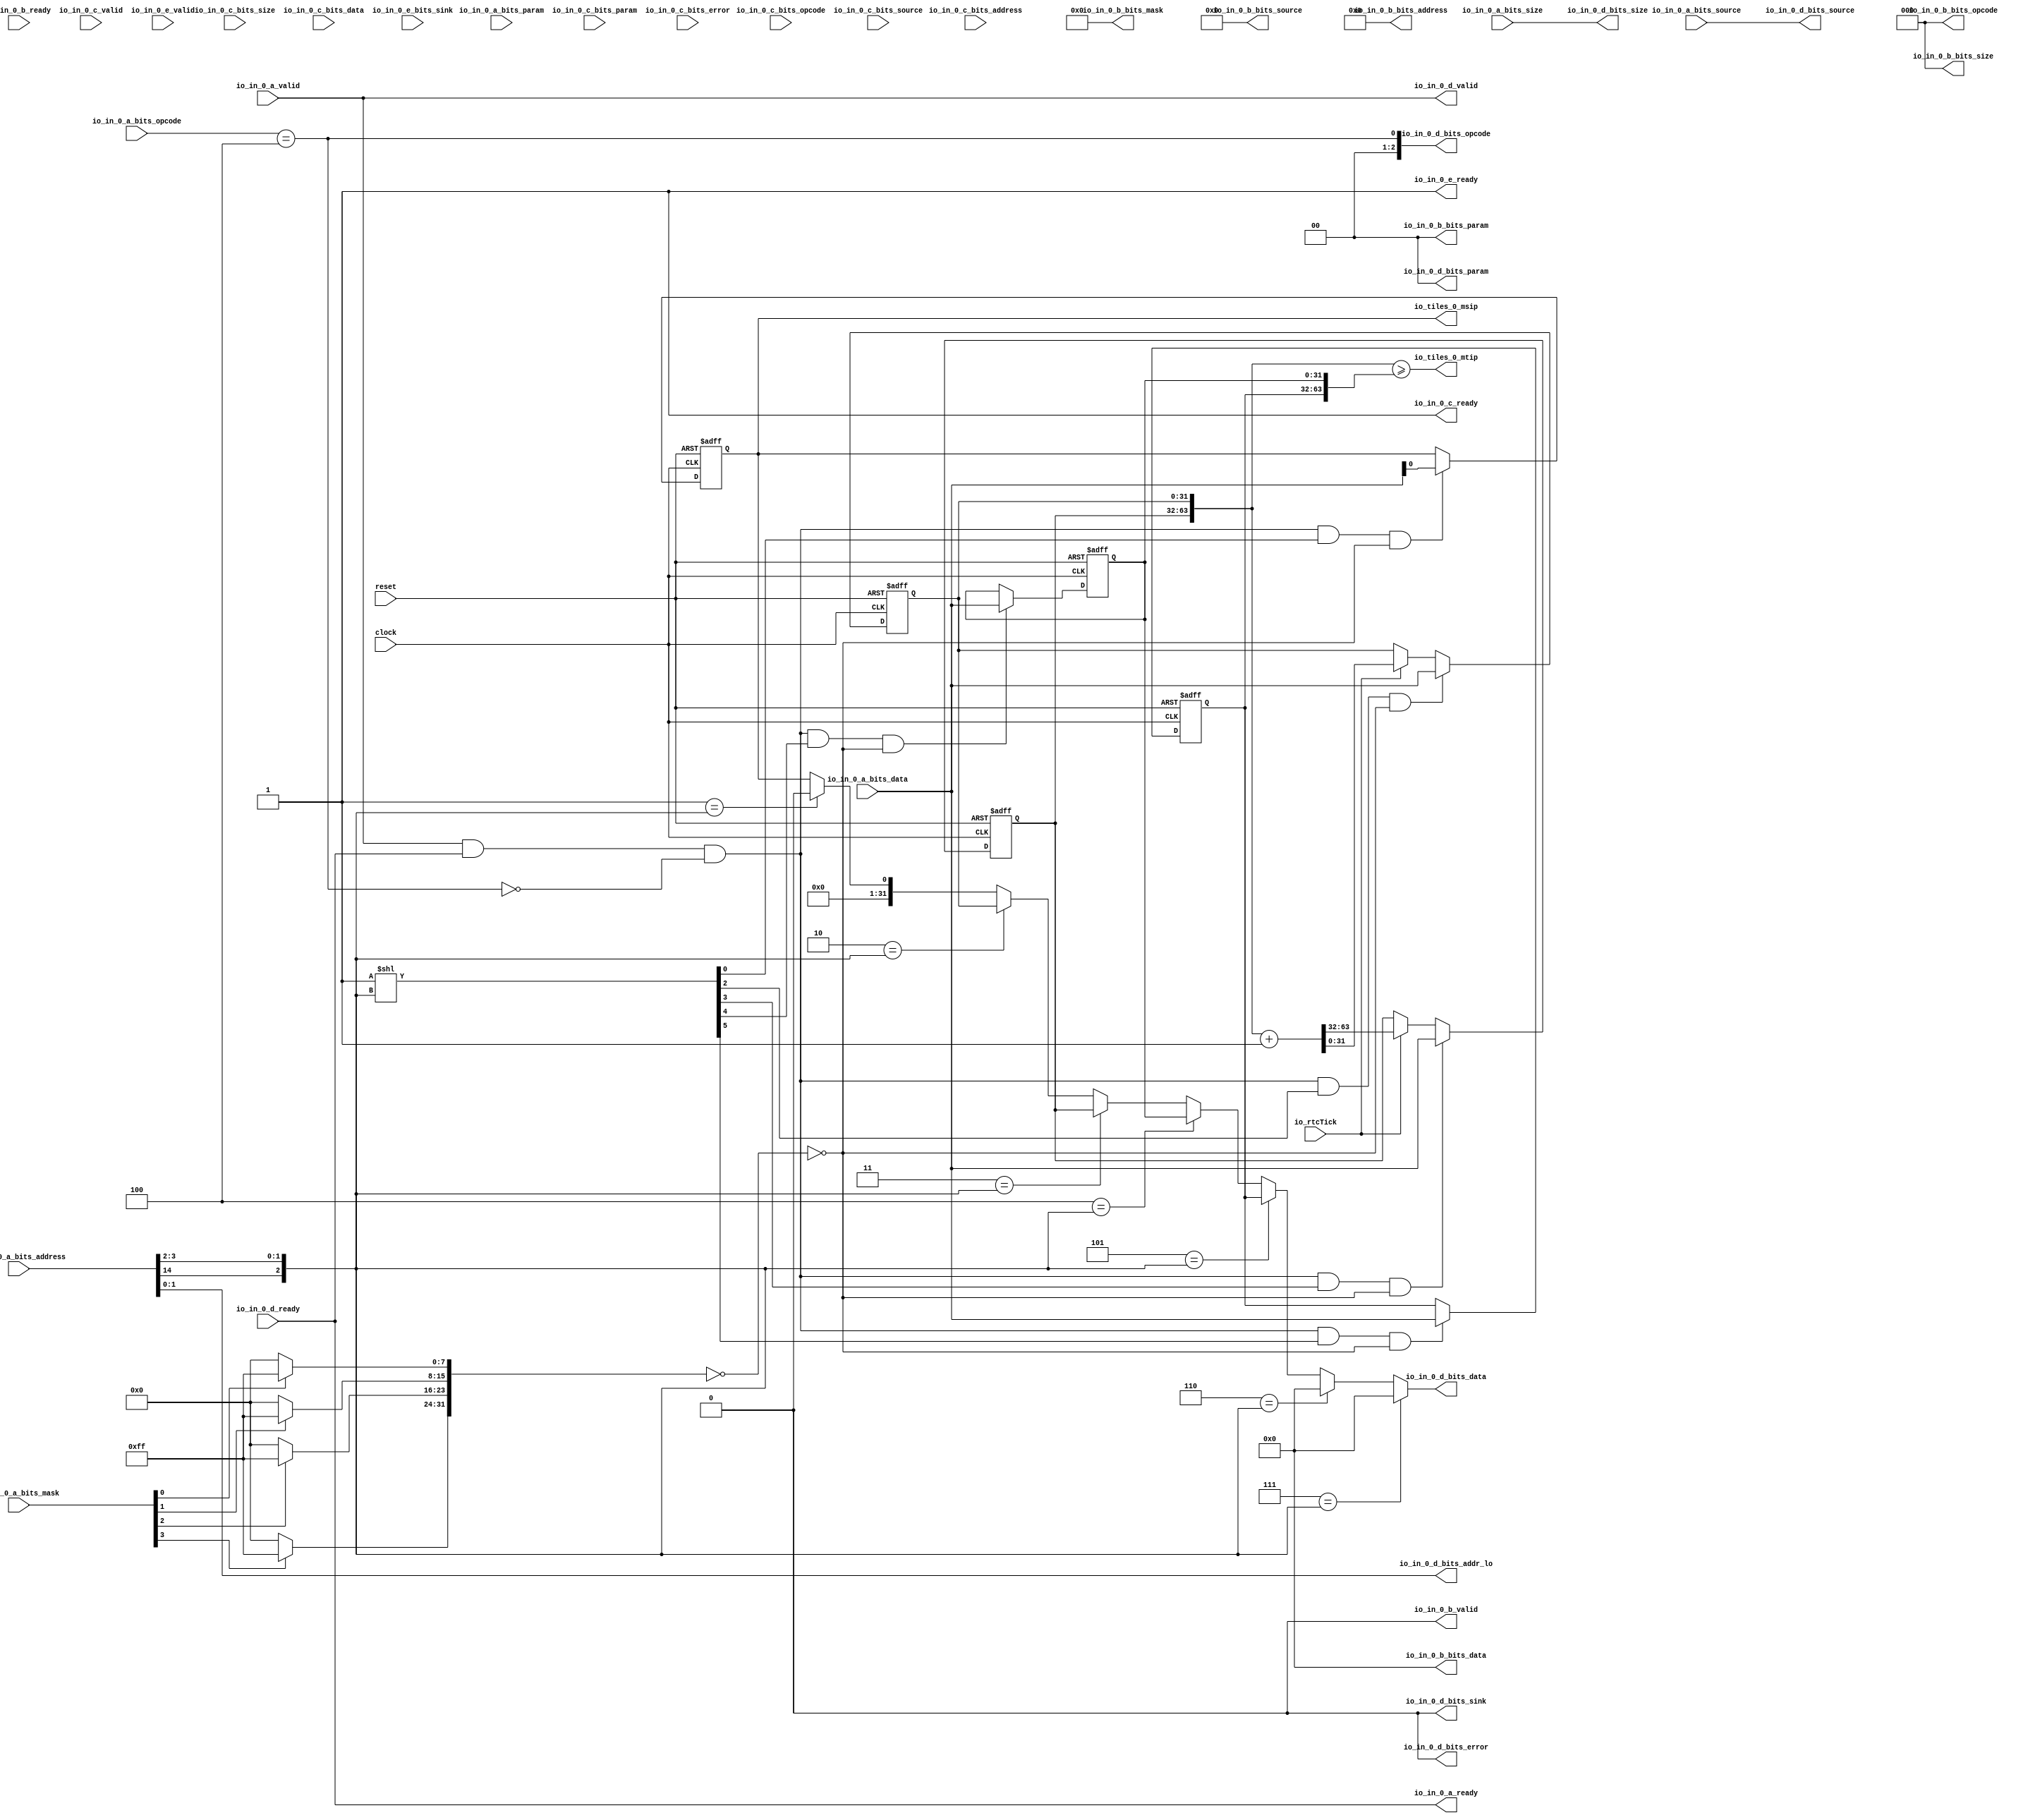
 /*                                                                      
 Copyright 2018 Nuclei System Technology, Inc.                
                                                                         
 Licensed under the Apache License, Version 2.0 (the "License");         
 you may not use this file except in compliance with the License.        
 You may obtain a copy of the License at                                 
                                                                         
     http://www.apache.org/licenses/LICENSE-2.0                          
                                                                         
  Unless required by applicable law or agreed to in writing, software    
 distributed under the License is distributed on an "AS IS" BASIS,       
 WITHOUT WARRANTIES OR CONDITIONS OF ANY KIND, either express or implied.
 See the License for the specific language governing permissions and     
 limitations under the License.                                          
 */                                                                      
                                                                         
                                                                         
                                                                         

module sirv_clint(
  input   clock,
  input   reset,
  output  io_in_0_a_ready,
  input   io_in_0_a_valid,
  input  [2:0] io_in_0_a_bits_opcode,
  input  [2:0] io_in_0_a_bits_param,
  input  [2:0] io_in_0_a_bits_size,
  input  [4:0] io_in_0_a_bits_source,
  input  [25:0] io_in_0_a_bits_address,
  input  [3:0] io_in_0_a_bits_mask,
  input  [31:0] io_in_0_a_bits_data,
  input   io_in_0_b_ready,
  output  io_in_0_b_valid,
  output [2:0] io_in_0_b_bits_opcode,
  output [1:0] io_in_0_b_bits_param,
  output [2:0] io_in_0_b_bits_size,
  output [4:0] io_in_0_b_bits_source,
  output [25:0] io_in_0_b_bits_address,
  output [3:0] io_in_0_b_bits_mask,
  output [31:0] io_in_0_b_bits_data,
  output  io_in_0_c_ready,
  input   io_in_0_c_valid,
  input  [2:0] io_in_0_c_bits_opcode,
  input  [2:0] io_in_0_c_bits_param,
  input  [2:0] io_in_0_c_bits_size,
  input  [4:0] io_in_0_c_bits_source,
  input  [25:0] io_in_0_c_bits_address,
  input  [31:0] io_in_0_c_bits_data,
  input   io_in_0_c_bits_error,
  input   io_in_0_d_ready,
  output  io_in_0_d_valid,
  output [2:0] io_in_0_d_bits_opcode,
  output [1:0] io_in_0_d_bits_param,
  output [2:0] io_in_0_d_bits_size,
  output [4:0] io_in_0_d_bits_source,
  output  io_in_0_d_bits_sink,
  output [1:0] io_in_0_d_bits_addr_lo,
  output [31:0] io_in_0_d_bits_data,
  output  io_in_0_d_bits_error,
  output  io_in_0_e_ready,
  input   io_in_0_e_valid,
  input   io_in_0_e_bits_sink,
  output  io_tiles_0_mtip,
  output  io_tiles_0_msip,
  input   io_rtcTick
);
  reg [31:0] time_0;
  reg [31:0] GEN_62;
  reg [31:0] time_1;
  reg [31:0] GEN_63;
  wire [63:0] T_904;
  wire [64:0] T_906;
  wire [63:0] T_907;
  wire [31:0] T_909;
  wire [63:0] GEN_6;
  wire [31:0] GEN_7;
  reg [31:0] timecmp_0_0;
  reg [31:0] GEN_64;
  reg [31:0] timecmp_0_1;
  reg [31:0] GEN_65;
  reg  ipi_0;
  reg [31:0] GEN_66;
  wire [63:0] T_915;
  wire  T_916;
  wire  T_940_ready;
  wire  T_940_valid;
  wire  T_940_bits_read;
  wire [13:0] T_940_bits_index;
  wire [31:0] T_940_bits_data;
  wire [3:0] T_940_bits_mask;
  wire [9:0] T_940_bits_extra;
  wire  T_957;
  wire [23:0] T_958;
  wire [1:0] T_959;
  wire [6:0] T_960;
  wire [9:0] T_961;
  wire  T_979_ready;
  wire  T_979_valid;
  wire  T_979_bits_read;
  wire [31:0] T_979_bits_data;
  wire [9:0] T_979_bits_extra;
  wire  T_1015_ready;
  wire  T_1015_valid;
  wire  T_1015_bits_read;
  wire [13:0] T_1015_bits_index;
  wire [31:0] T_1015_bits_data;
  wire [3:0] T_1015_bits_mask;
  wire [9:0] T_1015_bits_extra;
  wire  T_1058_0;
  wire  T_1058_1;
  wire  T_1058_2;
  wire  T_1058_3;
  wire  T_1058_4;
  wire  T_1063_0;
  wire  T_1063_1;
  wire  T_1063_2;
  wire  T_1063_3;
  wire  T_1063_4;
  wire  T_1068_0;
  wire  T_1068_1;
  wire  T_1068_2;
  wire  T_1068_3;
  wire  T_1068_4;
  wire  T_1073_0;
  wire  T_1073_1;
  wire  T_1073_2;
  wire  T_1073_3;
  wire  T_1073_4;
  wire  T_1078_0;
  wire  T_1078_1;
  wire  T_1078_2;
  wire  T_1078_3;
  wire  T_1078_4;
  wire  T_1083_0;
  wire  T_1083_1;
  wire  T_1083_2;
  wire  T_1083_3;
  wire  T_1083_4;
  wire  T_1088_0;
  wire  T_1088_1;
  wire  T_1088_2;
  wire  T_1088_3;
  wire  T_1088_4;
  wire  T_1093_0;
  wire  T_1093_1;
  wire  T_1093_2;
  wire  T_1093_3;
  wire  T_1093_4;
  wire  T_1135;
  wire  T_1136;
  wire  T_1137;
  wire  T_1138;
  wire [7:0] T_1142;
  wire [7:0] T_1146;
  wire [7:0] T_1150;
  wire [7:0] T_1154;
  wire [15:0] T_1155;
  wire [15:0] T_1156;
  wire [31:0] T_1157;
  wire [31:0] T_1185;
  wire  T_1187;
  wire  T_1200;
  wire [31:0] GEN_8;
  wire [31:0] T_1219;
  wire  T_1240;
  wire [31:0] GEN_9;
  wire  T_1280;
  wire [63:0] GEN_10;
  wire  T_1320;
  wire [31:0] GEN_11;
  wire  T_1360;
  wire [31:0] GEN_12;
  wire  T_1421_0;
  wire  T_1421_1;
  wire  T_1421_2;
  wire  T_1421_3;
  wire  T_1421_4;
  wire  T_1421_5;
  wire  T_1421_6;
  wire  T_1421_7;
  wire  T_1472_0;
  wire  T_1472_1;
  wire  T_1472_2;
  wire  T_1472_3;
  wire  T_1472_4;
  wire  T_1472_5;
  wire  T_1472_6;
  wire  T_1472_7;
  wire  T_1523_0;
  wire  T_1523_1;
  wire  T_1523_2;
  wire  T_1523_3;
  wire  T_1523_4;
  wire  T_1523_5;
  wire  T_1523_6;
  wire  T_1523_7;
  wire  T_1574_0;
  wire  T_1574_1;
  wire  T_1574_2;
  wire  T_1574_3;
  wire  T_1574_4;
  wire  T_1574_5;
  wire  T_1574_6;
  wire  T_1574_7;
  wire  T_1585;
  wire  T_1586;
  wire  T_1597;
  wire [1:0] T_1599;
  wire [2:0] T_1600;
  wire  GEN_0;
  wire  GEN_13;
  wire  GEN_14;
  wire  GEN_15;
  wire  GEN_16;
  wire  GEN_17;
  wire  GEN_18;
  wire  GEN_19;
  wire  GEN_1;
  wire  GEN_20;
  wire  GEN_21;
  wire  GEN_22;
  wire  GEN_23;
  wire  GEN_24;
  wire  GEN_25;
  wire  GEN_26;
  wire  T_1619;
  wire  GEN_2;
  wire  GEN_27;
  wire  GEN_28;
  wire  GEN_29;
  wire  GEN_30;
  wire  GEN_31;
  wire  GEN_32;
  wire  GEN_33;
  wire  GEN_3;
  wire  GEN_34;
  wire  GEN_35;
  wire  GEN_36;
  wire  GEN_37;
  wire  GEN_38;
  wire  GEN_39;
  wire  GEN_40;
  wire  T_1622;
  wire  T_1623;
  wire  T_1624;
  wire  T_1625;
  wire  T_1626;
  wire [7:0] T_1628;
  wire  T_1647;
  wire  T_1648;
  wire  T_1649;
  wire  T_1650;
  wire  T_1653;
  wire  T_1654;
  wire  T_1656;
  wire  T_1657;
  wire  T_1658;
  wire  T_1660;
  wire  T_1664;
  wire  T_1666;
  wire  T_1689;
  wire  T_1690;
  wire  T_1696;
  wire  T_1700;
  wire  T_1706;
  wire  T_1709;
  wire  T_1710;
  wire  T_1716;
  wire  T_1720;
  wire  T_1726;
  wire  T_1729;
  wire  T_1730;
  wire  T_1736;
  wire  T_1740;
  wire  T_1746;
  wire  T_1749;
  wire  T_1750;
  wire  T_1756;
  wire  T_1760;
  wire  T_1766;
  wire  T_1838_0;
  wire  T_1838_1;
  wire  T_1838_2;
  wire  T_1838_3;
  wire  T_1838_4;
  wire  T_1838_5;
  wire  T_1838_6;
  wire  T_1838_7;
  wire [31:0] T_1861_0;
  wire [31:0] T_1861_1;
  wire [31:0] T_1861_2;
  wire [31:0] T_1861_3;
  wire [31:0] T_1861_4;
  wire [31:0] T_1861_5;
  wire [31:0] T_1861_6;
  wire [31:0] T_1861_7;
  wire  GEN_4;
  wire  GEN_41;
  wire  GEN_42;
  wire  GEN_43;
  wire  GEN_44;
  wire  GEN_45;
  wire  GEN_46;
  wire  GEN_47;
  wire [31:0] GEN_5;
  wire [31:0] GEN_48;
  wire [31:0] GEN_49;
  wire [31:0] GEN_50;
  wire [31:0] GEN_51;
  wire [31:0] GEN_52;
  wire [31:0] GEN_53;
  wire [31:0] GEN_54;
  wire [31:0] T_1874;
  wire [1:0] T_1875;
  wire [4:0] T_1877;
  wire [2:0] T_1878;
  wire [2:0] T_1889_opcode;
  wire [1:0] T_1889_param;
  wire [2:0] T_1889_size;
  wire [4:0] T_1889_source;
  wire  T_1889_sink;
  wire [1:0] T_1889_addr_lo;
  wire [31:0] T_1889_data;
  wire  T_1889_error;
  wire [2:0] GEN_55 = 3'b0;
  reg [31:0] GEN_67;
  wire [1:0] GEN_56 = 2'b0;
  reg [31:0] GEN_68;
  wire [2:0] GEN_57 = 3'b0;
  reg [31:0] GEN_69;
  wire [4:0] GEN_58 = 5'b0;
  reg [31:0] GEN_70;
  wire [25:0] GEN_59 = 26'b0;
  reg [31:0] GEN_71;
  wire [3:0] GEN_60 = 4'b0;
  reg [31:0] GEN_72;
  wire [31:0] GEN_61 = 32'b0;
  reg [31:0] GEN_73;
  assign io_in_0_a_ready = T_940_ready;
  assign io_in_0_b_valid = 1'h0;
  assign io_in_0_b_bits_opcode = GEN_55;
  assign io_in_0_b_bits_param = GEN_56;
  assign io_in_0_b_bits_size = GEN_57;
  assign io_in_0_b_bits_source = GEN_58;
  assign io_in_0_b_bits_address = GEN_59;
  assign io_in_0_b_bits_mask = GEN_60;
  assign io_in_0_b_bits_data = GEN_61;
  assign io_in_0_c_ready = 1'h1;
  assign io_in_0_d_valid = T_979_valid;
  assign io_in_0_d_bits_opcode = {{2'd0}, T_979_bits_read};
  assign io_in_0_d_bits_param = T_1889_param;
  assign io_in_0_d_bits_size = T_1889_size;
  assign io_in_0_d_bits_source = T_1889_source;
  assign io_in_0_d_bits_sink = T_1889_sink;
  assign io_in_0_d_bits_addr_lo = T_1889_addr_lo;
  assign io_in_0_d_bits_data = T_979_bits_data;
  assign io_in_0_d_bits_error = T_1889_error;
  assign io_in_0_e_ready = 1'h1;
  assign io_tiles_0_mtip = T_916;
  assign io_tiles_0_msip = ipi_0;
  assign T_904 = {time_1,time_0};
  assign T_906 = T_904 + 64'h1;
  assign T_907 = T_906[63:0];
  assign T_909 = T_907[63:32];
  assign GEN_6 = io_rtcTick ? T_907 : {{32'd0}, time_0};
  assign GEN_7 = io_rtcTick ? T_909 : time_1;
  assign T_915 = {timecmp_0_1,timecmp_0_0};
  assign T_916 = T_904 >= T_915;
  assign T_940_ready = T_1623;
  assign T_940_valid = io_in_0_a_valid;
  assign T_940_bits_read = T_957;
  assign T_940_bits_index = T_958[13:0];
  assign T_940_bits_data = io_in_0_a_bits_data;
  assign T_940_bits_mask = io_in_0_a_bits_mask;
  assign T_940_bits_extra = T_961;
  assign T_957 = io_in_0_a_bits_opcode == 3'h4;
  assign T_958 = io_in_0_a_bits_address[25:2];
  assign T_959 = io_in_0_a_bits_address[1:0];
  assign T_960 = {T_959,io_in_0_a_bits_source};
  assign T_961 = {T_960,io_in_0_a_bits_size};
  assign T_979_ready = io_in_0_d_ready;
  assign T_979_valid = T_1626;
  assign T_979_bits_read = T_1015_bits_read;
  assign T_979_bits_data = T_1874;
  assign T_979_bits_extra = T_1015_bits_extra;
  assign T_1015_ready = T_1625;
  assign T_1015_valid = T_1624;
  assign T_1015_bits_read = T_940_bits_read;
  assign T_1015_bits_index = T_940_bits_index;
  assign T_1015_bits_data = T_940_bits_data;
  assign T_1015_bits_mask = T_940_bits_mask;
  assign T_1015_bits_extra = T_940_bits_extra;
  assign T_1058_0 = T_1650;
  assign T_1058_1 = T_1750;
  assign T_1058_2 = T_1690;
  assign T_1058_3 = T_1710;
  assign T_1058_4 = T_1730;
  assign T_1063_0 = T_1656;
  assign T_1063_1 = T_1756;
  assign T_1063_2 = T_1696;
  assign T_1063_3 = T_1716;
  assign T_1063_4 = T_1736;
  assign T_1068_0 = 1'h1;
  assign T_1068_1 = 1'h1;
  assign T_1068_2 = 1'h1;
  assign T_1068_3 = 1'h1;
  assign T_1068_4 = 1'h1;
  assign T_1073_0 = 1'h1;
  assign T_1073_1 = 1'h1;
  assign T_1073_2 = 1'h1;
  assign T_1073_3 = 1'h1;
  assign T_1073_4 = 1'h1;
  assign T_1078_0 = 1'h1;
  assign T_1078_1 = 1'h1;
  assign T_1078_2 = 1'h1;
  assign T_1078_3 = 1'h1;
  assign T_1078_4 = 1'h1;
  assign T_1083_0 = 1'h1;
  assign T_1083_1 = 1'h1;
  assign T_1083_2 = 1'h1;
  assign T_1083_3 = 1'h1;
  assign T_1083_4 = 1'h1;
  assign T_1088_0 = T_1660;
  assign T_1088_1 = T_1760;
  assign T_1088_2 = T_1700;
  assign T_1088_3 = T_1720;
  assign T_1088_4 = T_1740;
  assign T_1093_0 = T_1666;
  assign T_1093_1 = T_1766;
  assign T_1093_2 = T_1706;
  assign T_1093_3 = T_1726;
  assign T_1093_4 = T_1746;
  assign T_1135 = T_1015_bits_mask[0];
  assign T_1136 = T_1015_bits_mask[1];
  assign T_1137 = T_1015_bits_mask[2];
  assign T_1138 = T_1015_bits_mask[3];
  assign T_1142 = T_1135 ? 8'hff : 8'h0;
  assign T_1146 = T_1136 ? 8'hff : 8'h0;
  assign T_1150 = T_1137 ? 8'hff : 8'h0;
  assign T_1154 = T_1138 ? 8'hff : 8'h0;
  assign T_1155 = {T_1146,T_1142};
  assign T_1156 = {T_1154,T_1150};
  assign T_1157 = {T_1156,T_1155};
  assign T_1185 = ~ T_1157;
  assign T_1187 = T_1185 == 32'h0;
  assign T_1200 = T_1093_0 & T_1187;
  assign GEN_8 = T_1200 ? T_1015_bits_data : {{31'd0}, ipi_0};
  assign T_1219 = {{31'd0}, ipi_0};
  assign T_1240 = T_1093_1 & T_1187;
  assign GEN_9 = T_1240 ? T_1015_bits_data : timecmp_0_1;
  assign T_1280 = T_1093_2 & T_1187;
  assign GEN_10 = T_1280 ? {{32'd0}, T_1015_bits_data} : GEN_6;
  assign T_1320 = T_1093_3 & T_1187;
  assign GEN_11 = T_1320 ? T_1015_bits_data : GEN_7;
  assign T_1360 = T_1093_4 & T_1187;
  assign GEN_12 = T_1360 ? T_1015_bits_data : timecmp_0_0;
  assign T_1421_0 = T_1068_0;
  assign T_1421_1 = 1'h1;
  assign T_1421_2 = T_1068_2;
  assign T_1421_3 = T_1068_3;
  assign T_1421_4 = T_1068_4;
  assign T_1421_5 = T_1068_1;
  assign T_1421_6 = 1'h1;
  assign T_1421_7 = 1'h1;
  assign T_1472_0 = T_1073_0;
  assign T_1472_1 = 1'h1;
  assign T_1472_2 = T_1073_2;
  assign T_1472_3 = T_1073_3;
  assign T_1472_4 = T_1073_4;
  assign T_1472_5 = T_1073_1;
  assign T_1472_6 = 1'h1;
  assign T_1472_7 = 1'h1;
  assign T_1523_0 = T_1078_0;
  assign T_1523_1 = 1'h1;
  assign T_1523_2 = T_1078_2;
  assign T_1523_3 = T_1078_3;
  assign T_1523_4 = T_1078_4;
  assign T_1523_5 = T_1078_1;
  assign T_1523_6 = 1'h1;
  assign T_1523_7 = 1'h1;
  assign T_1574_0 = T_1083_0;
  assign T_1574_1 = 1'h1;
  assign T_1574_2 = T_1083_2;
  assign T_1574_3 = T_1083_3;
  assign T_1574_4 = T_1083_4;
  assign T_1574_5 = T_1083_1;
  assign T_1574_6 = 1'h1;
  assign T_1574_7 = 1'h1;
  assign T_1585 = T_1015_bits_index[0];
  assign T_1586 = T_1015_bits_index[1];
  assign T_1597 = T_1015_bits_index[12];
  assign T_1599 = {T_1597,T_1586};
  assign T_1600 = {T_1599,T_1585};
  assign GEN_0 = GEN_19;
  assign GEN_13 = 3'h1 == T_1600 ? T_1421_1 : T_1421_0;
  assign GEN_14 = 3'h2 == T_1600 ? T_1421_2 : GEN_13;
  assign GEN_15 = 3'h3 == T_1600 ? T_1421_3 : GEN_14;
  assign GEN_16 = 3'h4 == T_1600 ? T_1421_4 : GEN_15;
  assign GEN_17 = 3'h5 == T_1600 ? T_1421_5 : GEN_16;
  assign GEN_18 = 3'h6 == T_1600 ? T_1421_6 : GEN_17;
  assign GEN_19 = 3'h7 == T_1600 ? T_1421_7 : GEN_18;
  assign GEN_1 = GEN_26;
  assign GEN_20 = 3'h1 == T_1600 ? T_1472_1 : T_1472_0;
  assign GEN_21 = 3'h2 == T_1600 ? T_1472_2 : GEN_20;
  assign GEN_22 = 3'h3 == T_1600 ? T_1472_3 : GEN_21;
  assign GEN_23 = 3'h4 == T_1600 ? T_1472_4 : GEN_22;
  assign GEN_24 = 3'h5 == T_1600 ? T_1472_5 : GEN_23;
  assign GEN_25 = 3'h6 == T_1600 ? T_1472_6 : GEN_24;
  assign GEN_26 = 3'h7 == T_1600 ? T_1472_7 : GEN_25;
  assign T_1619 = T_1015_bits_read ? GEN_0 : GEN_1;
  assign GEN_2 = GEN_33;
  assign GEN_27 = 3'h1 == T_1600 ? T_1523_1 : T_1523_0;
  assign GEN_28 = 3'h2 == T_1600 ? T_1523_2 : GEN_27;
  assign GEN_29 = 3'h3 == T_1600 ? T_1523_3 : GEN_28;
  assign GEN_30 = 3'h4 == T_1600 ? T_1523_4 : GEN_29;
  assign GEN_31 = 3'h5 == T_1600 ? T_1523_5 : GEN_30;
  assign GEN_32 = 3'h6 == T_1600 ? T_1523_6 : GEN_31;
  assign GEN_33 = 3'h7 == T_1600 ? T_1523_7 : GEN_32;
  assign GEN_3 = GEN_40;
  assign GEN_34 = 3'h1 == T_1600 ? T_1574_1 : T_1574_0;
  assign GEN_35 = 3'h2 == T_1600 ? T_1574_2 : GEN_34;
  assign GEN_36 = 3'h3 == T_1600 ? T_1574_3 : GEN_35;
  assign GEN_37 = 3'h4 == T_1600 ? T_1574_4 : GEN_36;
  assign GEN_38 = 3'h5 == T_1600 ? T_1574_5 : GEN_37;
  assign GEN_39 = 3'h6 == T_1600 ? T_1574_6 : GEN_38;
  assign GEN_40 = 3'h7 == T_1600 ? T_1574_7 : GEN_39;
  assign T_1622 = T_1015_bits_read ? GEN_2 : GEN_3;
  assign T_1623 = T_1015_ready & T_1619;
  assign T_1624 = T_940_valid & T_1619;
  assign T_1625 = T_979_ready & T_1622;
  assign T_1626 = T_1015_valid & T_1622;
  assign T_1628 = 8'h1 << T_1600;
  assign T_1647 = T_940_valid & T_1015_ready;
  assign T_1648 = T_1647 & T_1015_bits_read;
  assign T_1649 = T_1628[0];
  assign T_1650 = T_1648 & T_1649;
  assign T_1653 = T_1015_bits_read == 1'h0;
  assign T_1654 = T_1647 & T_1653;
  assign T_1656 = T_1654 & T_1649;
  assign T_1657 = T_1015_valid & T_979_ready;
  assign T_1658 = T_1657 & T_1015_bits_read;
  assign T_1660 = T_1658 & T_1649;
  assign T_1664 = T_1657 & T_1653;
  assign T_1666 = T_1664 & T_1649;
  assign T_1689 = T_1628[2];
  assign T_1690 = T_1648 & T_1689;
  assign T_1696 = T_1654 & T_1689;
  assign T_1700 = T_1658 & T_1689;
  assign T_1706 = T_1664 & T_1689;
  assign T_1709 = T_1628[3];
  assign T_1710 = T_1648 & T_1709;
  assign T_1716 = T_1654 & T_1709;
  assign T_1720 = T_1658 & T_1709;
  assign T_1726 = T_1664 & T_1709;
  assign T_1729 = T_1628[4];
  assign T_1730 = T_1648 & T_1729;
  assign T_1736 = T_1654 & T_1729;
  assign T_1740 = T_1658 & T_1729;
  assign T_1746 = T_1664 & T_1729;
  assign T_1749 = T_1628[5];
  assign T_1750 = T_1648 & T_1749;
  assign T_1756 = T_1654 & T_1749;
  assign T_1760 = T_1658 & T_1749;
  assign T_1766 = T_1664 & T_1749;
  assign T_1838_0 = 1'h1;
  assign T_1838_1 = 1'h1;
  assign T_1838_2 = 1'h1;
  assign T_1838_3 = 1'h1;
  assign T_1838_4 = 1'h1;
  assign T_1838_5 = 1'h1;
  assign T_1838_6 = 1'h1;
  assign T_1838_7 = 1'h1;
  assign T_1861_0 = T_1219;
  assign T_1861_1 = 32'h0;
  assign T_1861_2 = time_0;
  assign T_1861_3 = time_1;
  assign T_1861_4 = timecmp_0_0;
  assign T_1861_5 = timecmp_0_1;
  assign T_1861_6 = 32'h0;
  assign T_1861_7 = 32'h0;
  assign GEN_4 = GEN_47;
  assign GEN_41 = 3'h1 == T_1600 ? T_1838_1 : T_1838_0;
  assign GEN_42 = 3'h2 == T_1600 ? T_1838_2 : GEN_41;
  assign GEN_43 = 3'h3 == T_1600 ? T_1838_3 : GEN_42;
  assign GEN_44 = 3'h4 == T_1600 ? T_1838_4 : GEN_43;
  assign GEN_45 = 3'h5 == T_1600 ? T_1838_5 : GEN_44;
  assign GEN_46 = 3'h6 == T_1600 ? T_1838_6 : GEN_45;
  assign GEN_47 = 3'h7 == T_1600 ? T_1838_7 : GEN_46;
  assign GEN_5 = GEN_54;
  assign GEN_48 = 3'h1 == T_1600 ? T_1861_1 : T_1861_0;
  assign GEN_49 = 3'h2 == T_1600 ? T_1861_2 : GEN_48;
  assign GEN_50 = 3'h3 == T_1600 ? T_1861_3 : GEN_49;
  assign GEN_51 = 3'h4 == T_1600 ? T_1861_4 : GEN_50;
  assign GEN_52 = 3'h5 == T_1600 ? T_1861_5 : GEN_51;
  assign GEN_53 = 3'h6 == T_1600 ? T_1861_6 : GEN_52;
  assign GEN_54 = 3'h7 == T_1600 ? T_1861_7 : GEN_53;
  assign T_1874 = GEN_4 ? GEN_5 : 32'h0;
  assign T_1875 = T_979_bits_extra[9:8];
  assign T_1877 = T_979_bits_extra[7:3];
  assign T_1878 = T_979_bits_extra[2:0];
  assign T_1889_opcode = 3'h0;
  assign T_1889_param = 2'h0;
  assign T_1889_size = T_1878;
  assign T_1889_source = T_1877;
  assign T_1889_sink = 1'h0;
  assign T_1889_addr_lo = T_1875;
  assign T_1889_data = 32'h0;
  assign T_1889_error = 1'h0;

  always @(posedge clock or posedge reset) begin
    if (reset) begin
      time_0 <= 32'h0;
    end else begin
      time_0 <= GEN_10[31:0];
    end
  end

  always @(posedge clock or posedge reset) begin
    if (reset) begin
      time_1 <= 32'h0;
    end else begin
      if (T_1320) begin
        time_1 <= T_1015_bits_data;
      end else begin
        if (io_rtcTick) begin
          time_1 <= T_909;
        end
      end
    end
  end


  always @(posedge clock or posedge reset) begin
    if (reset) begin
      timecmp_0_0 <= 32'hFFFF_FFFF;
    end
    else if (T_1360) begin
      timecmp_0_0 <= T_1015_bits_data;
    end
  end


  always @(posedge clock or posedge reset) begin
    if (reset) begin
      timecmp_0_1 <= 32'hFFFF_FFFF;
    end
    else if (T_1240) begin
      timecmp_0_1 <= T_1015_bits_data;
    end
  end


  always @(posedge clock or posedge reset) begin
    if (reset) begin
      ipi_0 <= 1'h0;
    end else begin
      ipi_0 <= GEN_8[0];
    end
  end

endmodule